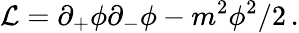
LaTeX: {\cal L}=\partial_{+}\phi\partial_{-}\phi-m^{2}\phi^{2}/2\, .